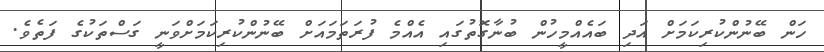
ހަން ބޭނުންކުރިކަމަށް އަދި ބައެއްމީހުން ބުނާގޮތުގައި އެއްމެ ފުރަތަމައަށް ބޭނުންކުރިކަމަށްވަނީ ގަސްތަކުގެ ފަތެވެ.